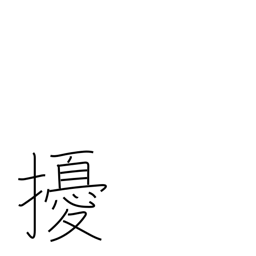
Meaning: throw into confusion